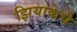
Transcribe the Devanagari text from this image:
झियाकेचे